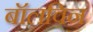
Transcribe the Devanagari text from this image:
बॉलविन